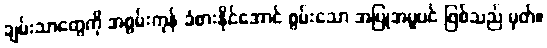
ချမ်းသာတွေကို အစွမ်းကုန် ခံစားနိုင်အောင် စွမ်းသော အပြုအမူပင် ဖြစ်သည် မှတ်။